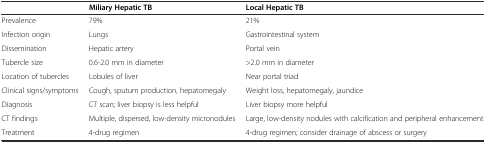
<table><thead><tr><td></td><td><b>Miliary Hepatic TB</b></td><td><b>Local Hepatic TB</b></td></tr></thead><tbody><tr><td>Prevalence</td><td>79%</td><td>21%</td></tr><tr><td>Infection origin</td><td>Lungs</td><td>Gastrointestinal system</td></tr><tr><td>Dissemination</td><td>Hepatic artery</td><td>Portal vein</td></tr><tr><td>Tubercle size</td><td>0.6-2.0 mm in diameter</td><td>&gt;2.0 mm in diameter</td></tr><tr><td>Location of tubercles</td><td>Lobules of liver</td><td>Near portal triad</td></tr><tr><td>Clinical signs/symptoms</td><td>Cough, sputum production, hepatomegaly</td><td>Weight loss, hepatomegaly, jaundice</td></tr><tr><td>Diagnosis</td><td>CT scan; liver biopsy is less helpful</td><td>Liver biopsy more helpful</td></tr><tr><td>CT findings</td><td>Multiple, dispersed, low-density micronodules</td><td>Large, low-density nodules with calcification and peripheral enhancement</td></tr><tr><td>Treatment</td><td>4-drug regimen</td><td>4-drug regimen; consider drainage of abscess or surgery</td></tr></tbody></table>